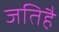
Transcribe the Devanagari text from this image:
जतिहै